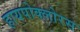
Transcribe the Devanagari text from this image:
हायपोक्लोरस